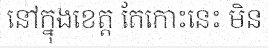
នៅក្នុងខេត្ត តែកោះនេះ មិន